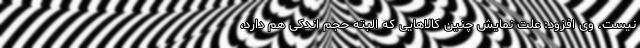
نیست. وی افزود: علت نمایشِ چنین کالاهایی که البته حجم اندکی هم دارد،